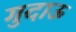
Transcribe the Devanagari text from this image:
गुदाऊ